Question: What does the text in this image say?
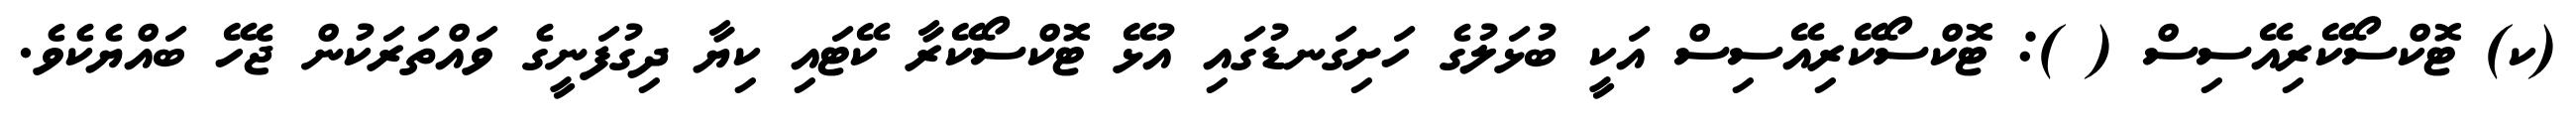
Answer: (ކ) ޓޮކްސޯކޭރިއޭސިސް ( ): ޓޮކްސޯކޭރިއޭސިސް އަކީ ބުޅަލުގެ ހަށިގަނޑުގައި އުޅޭ ޓޮކްސޯކޭރާ ކޭޓައި ކިޔާ ދިގުފަނީގެ ވައްތަރަކުން ޖެހޭ ބައްޔެކެވެ.